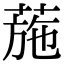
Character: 葹